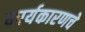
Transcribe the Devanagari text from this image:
कार्यकारणचे